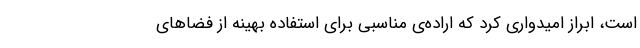
است، ابراز امیدواری کرد که اراده‌ی مناسبی برای استفاده بهینه از فضاهای